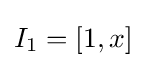
I_{1}=[1,x]